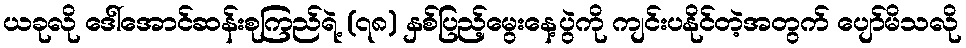
ယခုလို ဒေါ်အောင်ဆန်းစုကြည်ရဲ့ (၇၈) နှစ်ပြည့်မွေးနေ့ပွဲကို ကျင်းပနိုင်တဲ့အတွက် ပျော်မိသလို